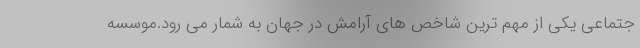
جتماعی یکی از مهم ترین شاخص های آرامش در جهان به شمار می رود.موسسه